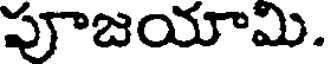
పూజయామి.